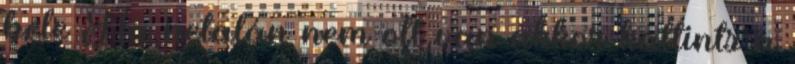
bele Ha netalán nem ott van akkor kattints a